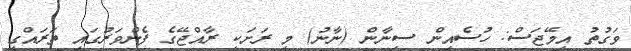
ވަގުތު އިމޭޖަސް: ހުސެއިން ސިނާން (ނާނު) މި ރަށަކީ ރާއްޖޭގެ ފެންވަރުގައި ތަރައްގީ